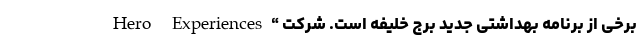
برخی از برنامه بهداشتی جدید برج خلیفه است. شرکت “Hero Experiences